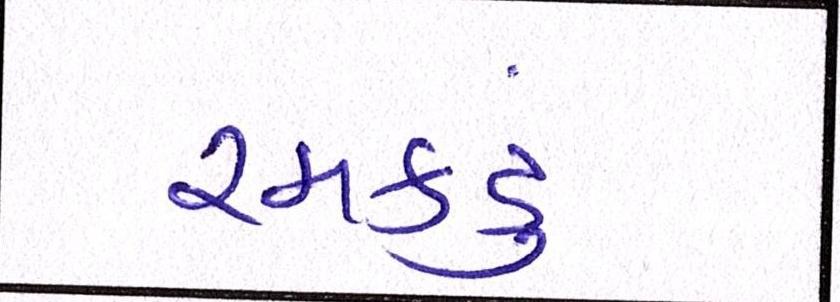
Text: રમકડું